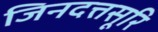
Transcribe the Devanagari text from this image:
जिनदत्तसूरि